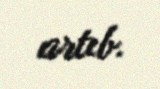
artıb.